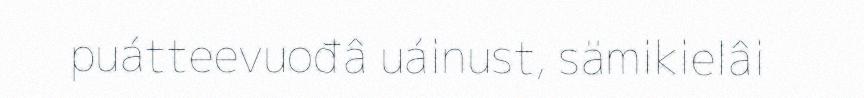
puátteevuođâ uáinust, sämikielâi